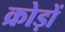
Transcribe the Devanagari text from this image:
क्रोड़ों